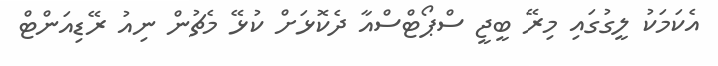
އެކަމަކު ލީގުގައި މިރޭ ބީޖީ ސްޕޯޓްސްއާ ދެކޮޅަށް ކުޅޭ މެޗުން ނިއު ރޭޑިއަންޓް